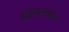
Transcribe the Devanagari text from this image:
धारूरकर